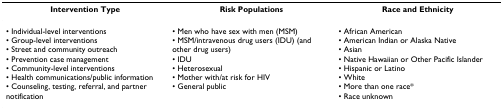
<table><thead><tr><td><b>Intervention Type</b></td><td><b>Risk Populations</b></td><td><b>Race and Ethnicity</b></td></tr></thead><tbody><tr><td>• Individual-level interventions• Group-level interventions• Street and community outreach• Prevention case management• Community-level interventions• Health communications/public information• Counseling, testing, referral, and partner notification</td><td>• Men who have sex with men (MSM)• MSM/intravenous drug users (IDU) (and other drug users)• IDU• Heterosexual• Mother with/at risk for HIV• General public</td><td>• African American• American Indian or Alaska Native• Asian• Native Hawaiian or Other Pacific Islander• Hispanic or Latino• White• More than one race*• Race unknown</td></tr></tbody></table>